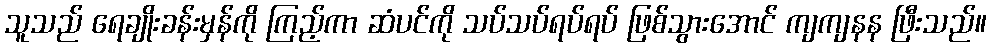
သူသည် ရေချိုးခန်းမှန်ကို ကြည့်ကာ ဆံပင်ကို သပ်သပ်ရပ်ရပ် ဖြစ်သွားအောင် ကျကျနန ဖြီးသည်။